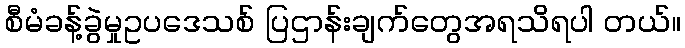
စီမံခန့်ခွဲမှုဥပဒေသစ် ပြဌာန်းချက်တွေအရသိရပါ တယ်။